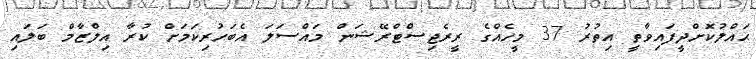
ޙައްލުކޮށްދީފައިވާތީ އިތުރު 37 މީހެއްގެ ރީރެޖިސްޓްރޭޝަން މައްސަލަ އެބަހުރިކަމަށް ކުރާ އިލްޒާމް ބަލައި